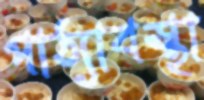
পাঠ্যাবস্থা